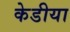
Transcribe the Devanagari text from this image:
केडीया